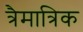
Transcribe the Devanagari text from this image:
त्रैमात्रिक